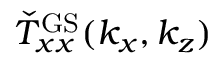
\check { T } _ { x x } ^ { \mathrm { G S } } ( k _ { x } , k _ { z } )